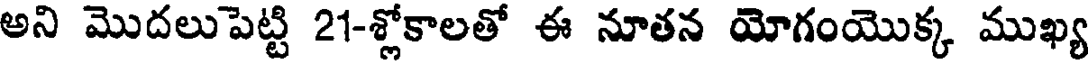
అని మొదలుపెట్టి 21-శ్లోకాలతో ఈ నూతన యోగంయొక్క ముఖ్య